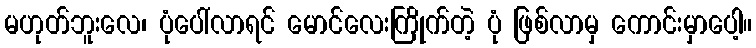
မဟုတ်ဘူးလေ၊ ပုံပေါ်လာရင် မောင်လေးကြိုက်တဲ့ ပုံ ဖြစ်လာမှ ကောင်းမှာပေါ့။